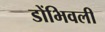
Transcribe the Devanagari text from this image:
डोंभिवली